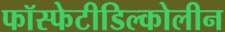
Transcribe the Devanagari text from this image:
फॉस्फेटीडिल्कोलीन